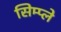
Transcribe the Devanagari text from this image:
सिम्प्ले